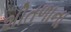
શીતળાના